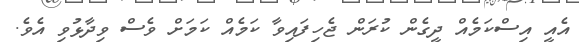
އެއީ އިސްކަމެއް ދީގެން ކުރަން ޖެހިފައިވާ ކަމެއް ކަމަށް ވެސް ވިދާޅުވި އެވެ.